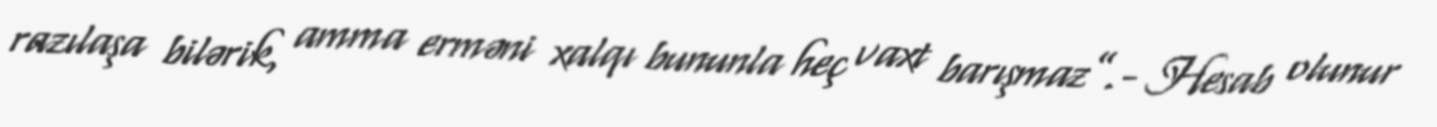
razılaşa bilərik, amma erməni xalqı bununla heç vaxt barışmaz”.- Hesab olunur